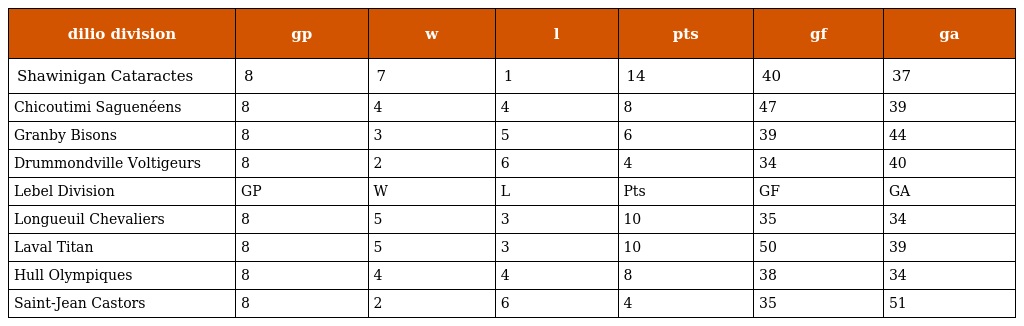
| dilio division | gp | w | l | pts | gf | ga |
 | --- | --- | --- | --- | --- | --- | --- |
 | Shawinigan Cataractes | 8 | 7 | 1 | 14 | 40 | 37 |
 | Chicoutimi Saguenéens | 8 | 4 | 4 | 8 | 47 | 39 |
 | Granby Bisons | 8 | 3 | 5 | 6 | 39 | 44 |
 | Drummondville Voltigeurs | 8 | 2 | 6 | 4 | 34 | 40 |
 | Lebel Division | GP | W | L | Pts | GF | GA |
 | Longueuil Chevaliers | 8 | 5 | 3 | 10 | 35 | 34 |
 | Laval Titan | 8 | 5 | 3 | 10 | 50 | 39 |
 | Hull Olympiques | 8 | 4 | 4 | 8 | 38 | 34 |
 | Saint-Jean Castors | 8 | 2 | 6 | 4 | 35 | 51 |